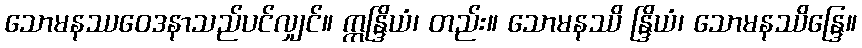
သောမနဿဝေဒနာသည်ပင်လျှင်။ ဣန္ဒြိယံ၊ တည်း။ သောမနဿိ န္ဒြိယံ၊ သောမနဿိန္ဒြေ။